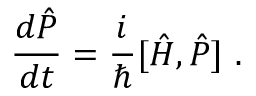
{ \frac { d { \hat { P } } } { d t } } = { \frac { i } { \hbar } } [ { \hat { H } } , { \hat { P } } ] \, \, .